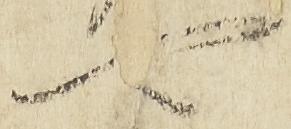
可